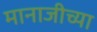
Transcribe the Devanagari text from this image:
मानाजीच्या